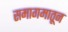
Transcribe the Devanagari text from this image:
समागमातून